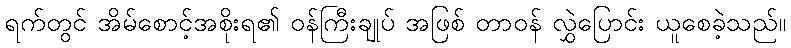
ရက်တွင် အိမ်စောင့်အစိုးရ၏ ဝန်ကြီးချုပ် အဖြစ် တာဝန် လွှဲပြောင်း ယူစေခဲ့သည်။